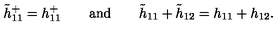
\tilde { h } _ { 1 1 } ^ { + } = h _ { 1 1 } ^ { + } \qquad \mathrm { a n d } \qquad \tilde { h } _ { 1 1 } + \tilde { h } _ { 1 2 } = h _ { 1 1 } + h _ { 1 2 } .